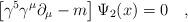
LaTeX: \begin{align*}\left [\gamma^5 \gamma^\mu \partial_\mu - m \right ]\Psi_2 (x) = 0\quad,\end{align*}